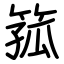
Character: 箛